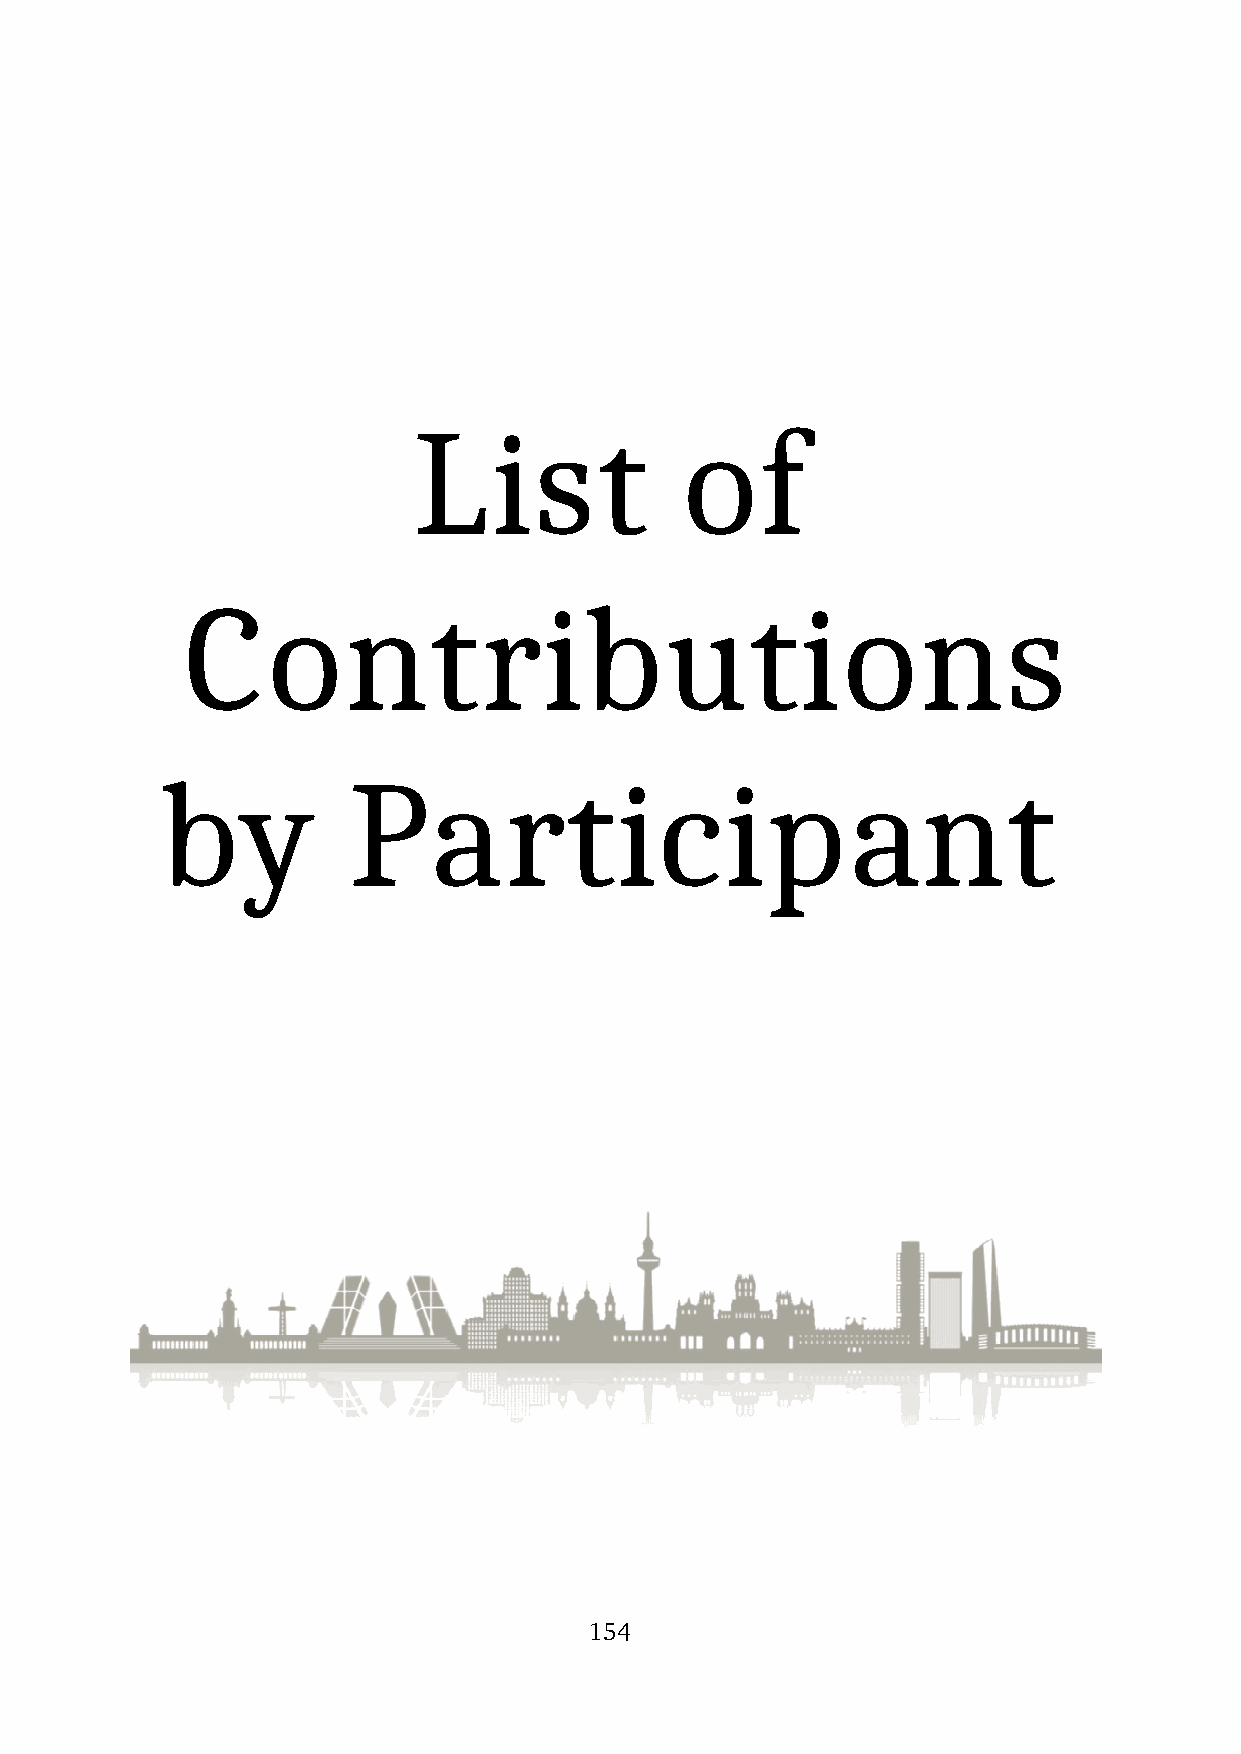
List              of
 Contributions
 by          Participant
 154